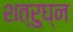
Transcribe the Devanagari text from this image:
शत्रुघ्‍न